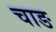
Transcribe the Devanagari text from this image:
चाङ